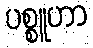
ပစ္စူဟာ